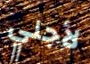
لأجلي